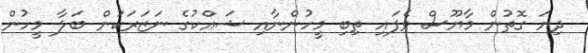
ދިޔަ ގޮތުން މާޔޫސް ވެފައި ތިބި މީހުންނާއި ޝައްކުގެ ނަޒަރަކުން ބަލާ މީހުން